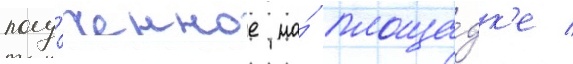
полу́ченное на́ площа́дк'е /